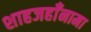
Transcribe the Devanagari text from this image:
शाहजहाँनामा